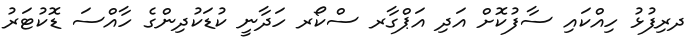
ދރިފުޅު ހިއްކައި ސާފުކޮށް އަދި އަޕްގާރ ސްކޯރ ހަދާނީ ކުޑަކުދިންގެ ހާއްސަ ޑޮކުޓަރު